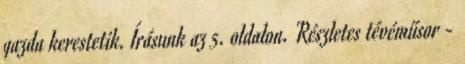
gazda kerestetik. Írásunk az 5. oldalon. Részletes tévéműsor -